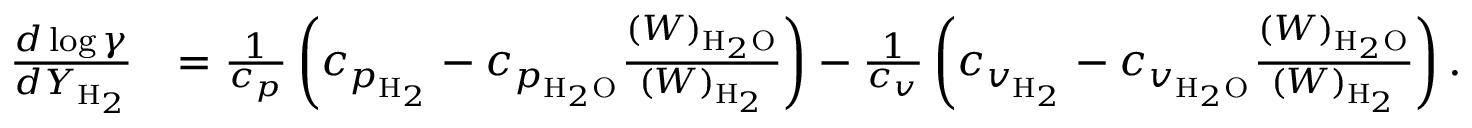
\begin{array} { r l } { \frac { d \log \gamma } { d Y _ { \mathrm { H } _ { 2 } } } } & { = \frac { 1 } { c _ { p } } \left( c _ { p _ { \mathrm { H } _ { 2 } } } - c _ { p _ { \mathrm { H } _ { 2 } \mathrm { O } } } \frac { ( W ) _ { \mathrm { H } _ { 2 } \mathrm { O } } } { ( W ) _ { \mathrm { H } _ { 2 } } } \right) - \frac { 1 } { c _ { v } } \left( c _ { v _ { \mathrm { H } _ { 2 } } } - c _ { v _ { \mathrm { H } _ { 2 } \mathrm { O } } } \frac { ( W ) _ { \mathrm { H } _ { 2 } \mathrm { O } } } { ( W ) _ { \mathrm { H } _ { 2 } } } \right) . } \end{array}